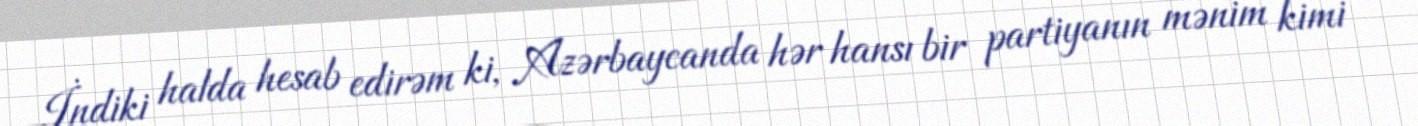
İndiki halda hesab edirəm ki, Azərbaycanda hər hansı bir partiyanın mənim kimi